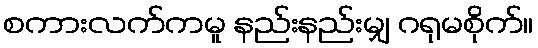
စကားလက်ကမူ နည်းနည်းမျှ ဂရုမစိုက်။